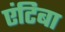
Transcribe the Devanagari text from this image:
एंटिबा